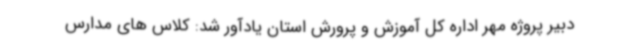
دبیر پروژه مهر اداره کل آموزش‌ و پرورش استان یادآور شد: کلاس های مدارس